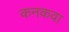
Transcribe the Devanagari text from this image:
कनकवा